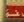
غه